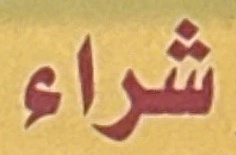
شراء